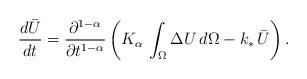
LaTeX: \begin{align*}\frac{d \bar{U}}{d t} = \frac{\partial^{1-\alpha}}{\partial t^{1-\alpha}}\left(K_{\alpha}\,\int_{\Omega}\Delta U\,d\Omega - k_{\ast}\,\bar{U}\right).\end{align*}